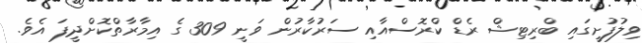
ވިލުފުށީގައި ބްރިޓިޝް ރެޑް ކްރޮސްއާއި ސަރުކާރުން ވަނީ 309 ގެ އިމާރާތްކޮށްދީފަ އެވެ.